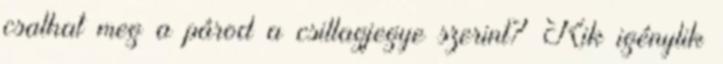
csalhat meg a párod a csillagjegye szerint? Kik igénylik